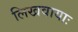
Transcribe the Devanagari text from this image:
लिखवायाः